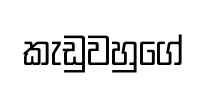
කැඩුවහුගේ